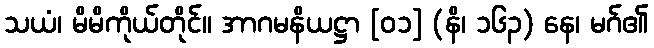
သယံ၊ မိမိကိုယ်တိုင်။ အာဂမနိယဋ္ဌာ [၀၁] (နိ၊ ၁၆၃) နေ၊ မဂ်၏